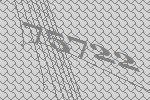
75722